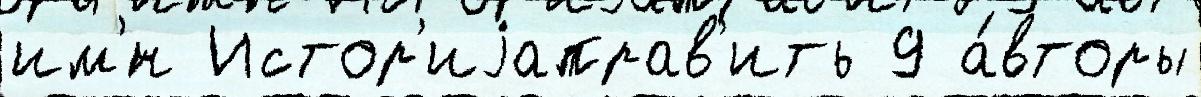
им'́н Истор'иjаправ'ить 9 а́вторы